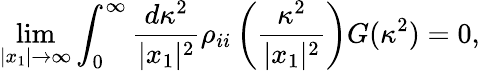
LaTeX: \operatorname*{lim}_{|x_{1}|\rightarrow\infty}\int_{0}^{\infty}\frac{d\kappa^{2}}{|x_{1}|^{2}}\rho_{ii}\left(\frac{\kappa^{2}}{|x_{1}|^{2}}\right)G(\kappa^{2})=0,